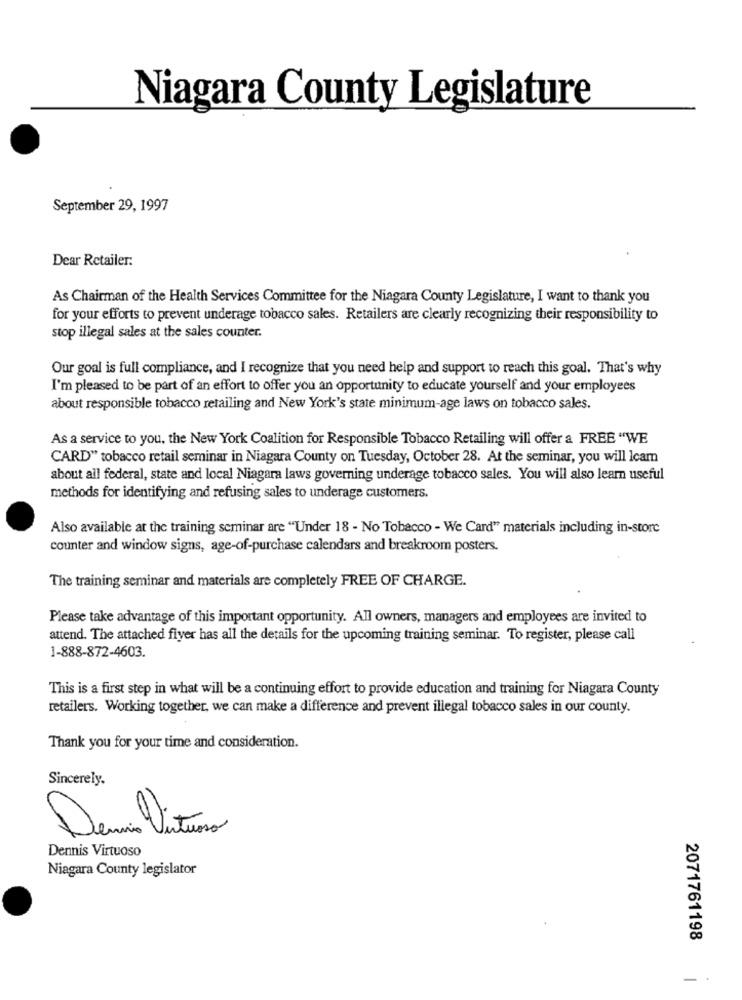
Niagara County Legislature
September 29, 1997
Dear Retailer:
As Chairman of the Health Services Committee for the Niagara County Legislature, I want to thank you
for your efforts to prevent underage tobacco sales. Retailers are clearly recognizing their responsibility to
stop illegal sales at the sales counter.
Our goal is full compliance, and I recognize that you need help and support to reach this goal. That's why
I'm pleased to be part of an effort to offer you an opportunity to educate yourself and your employees
about responsible tobacco retailing and New York's state minimum-age laws on tobacco sales.
As a service to you, the New York Coalition for Responsible Tobacco Retailing will offer a FREE "WE
CARD" tobacco retail seminar in Niagara County on Tuesday, October 28. At the seminar, you will Icam
about all federal, state and local Niagara laws governing underage tobacco sales. You will also learn useful
methods for identifying and refusing sales to underage customers.
Also available at the training seminar are "Under 18 - No Tobacco - We Card" materials including in-store
counter and window signs, age-of-purchase calendars and breakroom posters.
The training seminar and materials are completely FREE OF CHARGE.
Please take advantage of this important opportunity. All owners, managers and employees are invited to
attend. The attached fiyer has all the details for the upcoming training seminar. To register, please call
1-888-872-4603.
This is a first step in what will be a continuing effort to provide education and training for Niagara County
retailers. Working together, we can make a difference and prevent illegal tobacco sales in our county.
Thank you for your time and consideration.
Sincerely.
Deni Vituno
Dennis Virtuoso
Niagara County legislator
2071761198
-.